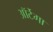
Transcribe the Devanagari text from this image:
ऑर्टेगा